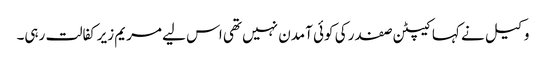
وکیل نے کہا کیپٹن صفدر کی کوئی آمدن نہیں تھی اس لیے مریم زیرکفالت رہی۔